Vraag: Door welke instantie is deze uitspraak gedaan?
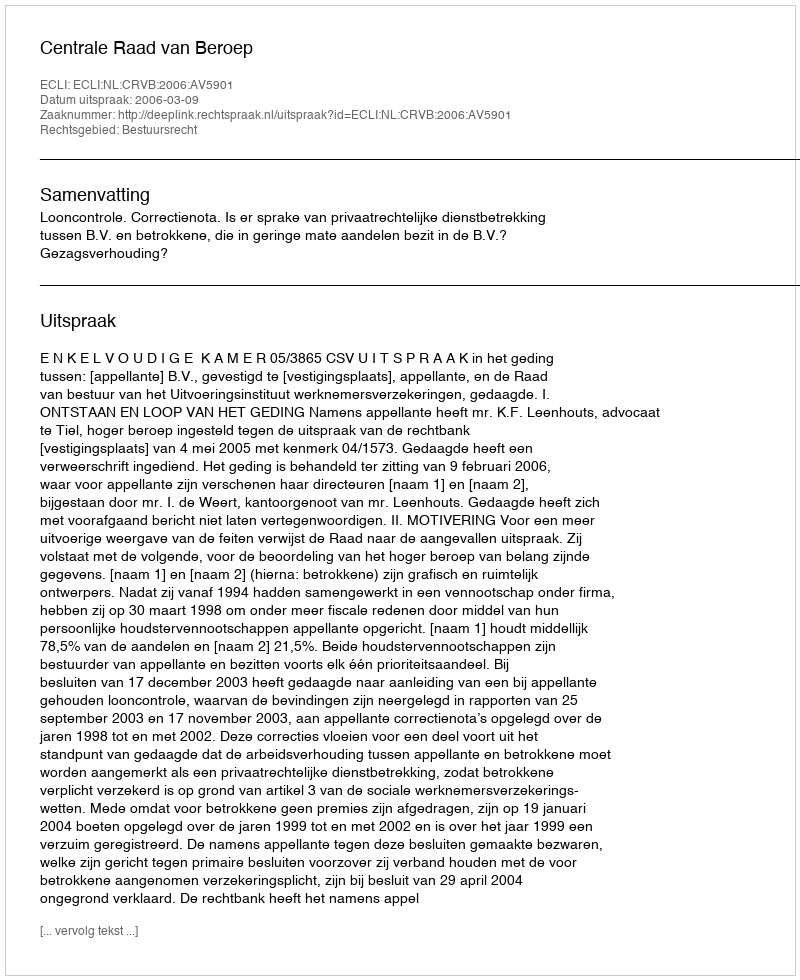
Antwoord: Centrale Raad van Beroep